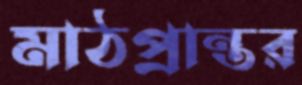
মাঠপ্রান্তর